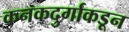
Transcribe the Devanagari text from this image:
कनकदुर्गाकडून